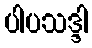
ပါပသဒ္ဒါ